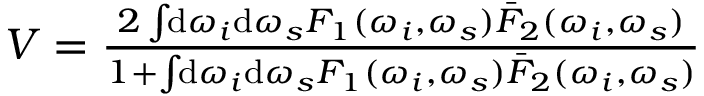
\begin{array} { r } { V = \frac { 2 \int \! \! \mathrm { d } \omega _ { i } \mathrm { d } \omega _ { s } F _ { 1 } ( \omega _ { i } , \omega _ { s } ) \bar { F } _ { 2 } ( \omega _ { i } , \omega _ { s } ) } { 1 + \int \! \! \mathrm { d } \omega _ { i } \mathrm { d } \omega _ { s } F _ { 1 } ( \omega _ { i } , \omega _ { s } ) \bar { F } _ { 2 } ( \omega _ { i } , \omega _ { s } ) } } \end{array}